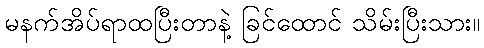
မနက်အိပ်ရာထပြီးတာနဲ့ ခြင်ထောင် သိမ်းပြီးသား။